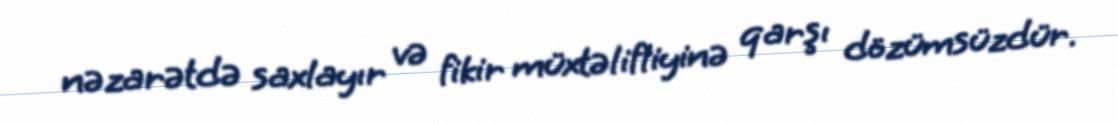
nəzarətdə saxlayır və fikir müxtəlifliyinə qarşı dözümsüzdür.